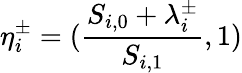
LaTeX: \mathbf{\eta}_{i}^{\pm}=(\frac{S_{i,0}+\lambda_{i}^{\pm}}{S_{i,1}},1)